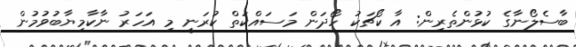
ބާސެލޯނާގެ ކުޅުންތެރިން: އާ ކޯޗަކު ހޯދަން މަސައްކަތް ކުރަނީ މި އަހަރު ނާކާމިޔާބުވުމުން